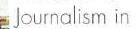
Journalism in